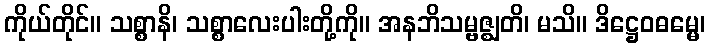
ကိုယ်တိုင်။ သစ္စာနိ၊ သစ္စာလေးပါးတို့ကို။ အနဘိသမ္ဗဇ္ဈတိ၊ မသိ။ ဒိဋ္ဌေဝဓမ္မေ၊